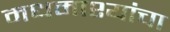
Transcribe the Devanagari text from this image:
मधमाश्यांंचा